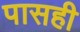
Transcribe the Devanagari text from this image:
पासही